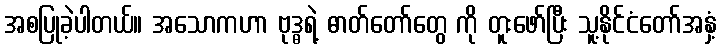
အစပြုခဲ့ပါတယ်။ အသောကဟာ ဗုဒ္ဓရဲ့ ဓာတ်တော်တွေ ကို တူးဖော်ပြီး သူ့နိုင်ငံတော်အနှံ့